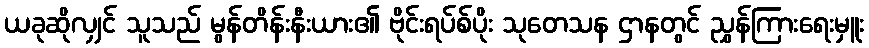
ယခုဆိုလျှင် သူသည် မွန်တိန်းနီးယား၏ ဗိုင်းရပ်စ်ပိုး သုတေသန ဌာနတွင် ညွှန်ကြားရေးမှူး